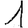
Digit: 1